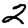
Digit: 2